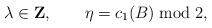
LaTeX: \begin{align*}\lambda\in{\bf Z}, \qquad \eta=c_1(B)\;{\rm mod}\; 2,\end{align*}